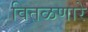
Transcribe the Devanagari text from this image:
वितळणारे